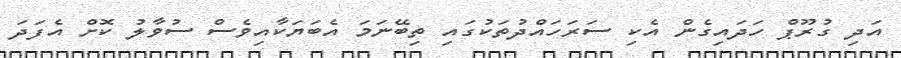
އަދި ގުރޫޕް ހަދައިގެން އެކި ސަރަހައްދުތަކުގައި ތިބޭނަމަ އެބަޔަކާއިވެސް ސުވާލު ކޮށް އެފަދަ